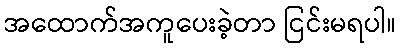
အထောက်အကူပေးခဲ့တာ ငြင်းမရပါ။